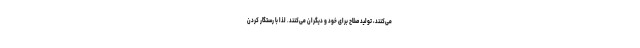
می‌کنند، تولید صلاح برای خود و دیگران می‌کنند. لذا با رستگار کردن